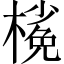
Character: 𣘽